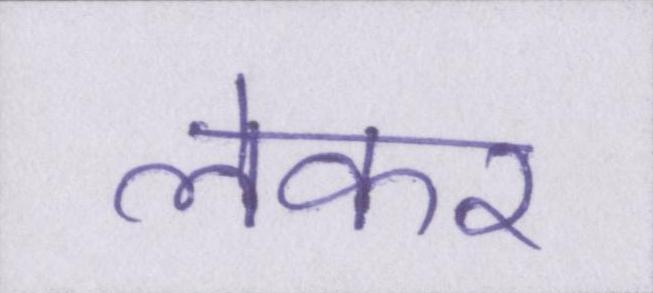
लेकर